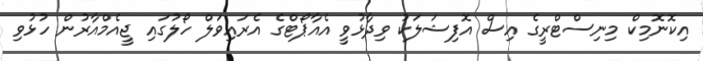
އިކޮނޮމިކް މިނިސްޓްރީގެ އިސް އޮފިޝަލަކު ވިދާޅުވީ އެއާޕޯޓްގެ އެރައިވަލް ހޯލުގައި ޖީއެމްއާރުން ހުޅުވި